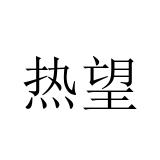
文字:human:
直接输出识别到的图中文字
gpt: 热望